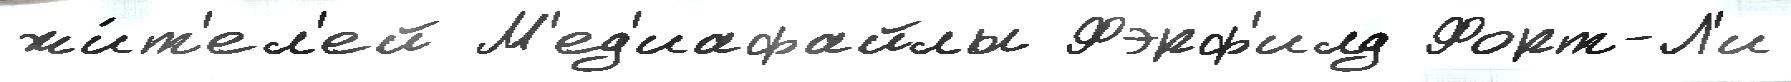
жи́т'ел'ей М'ед'иафайлы Фэрф'илд Форт-Л'и